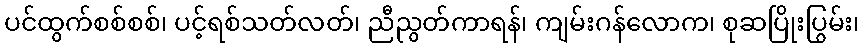
ပင်ထွက်စစ်စစ်၊ ပင့်ရစ်သတ်လတ်၊ ညီညွတ်ကာရန်၊ ကျမ်းဂန်လောက၊ စုဆပြိုးပြွမ်း၊